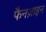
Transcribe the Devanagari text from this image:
फैनज़ाइन